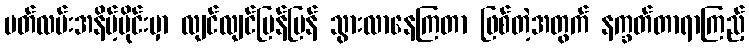
ပတ်လမ်းအနိမ့်ပိုင်းမှာ လျင်လျင်မြန်မြန် သွားလာနေကြတာ ဖြစ်တဲ့အတွက် နက္ခတ်တာရာကြည့်